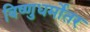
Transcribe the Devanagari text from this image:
विष्णुधर्मोतर